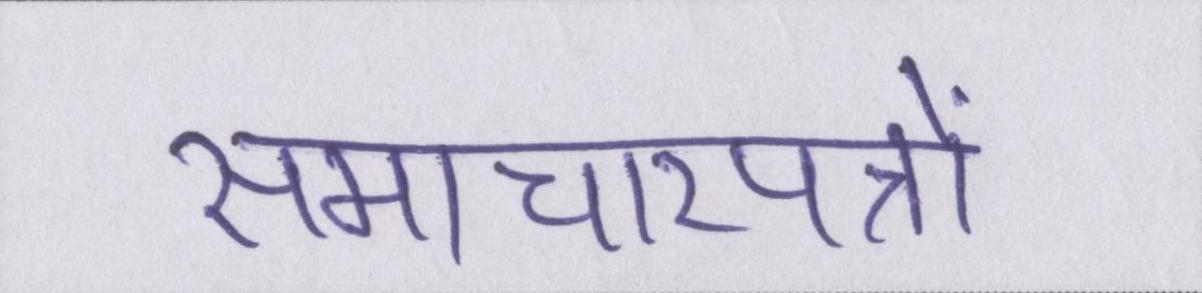
समाचारपत्रों